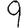
Digit: 9